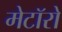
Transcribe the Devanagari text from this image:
मेटॉरो